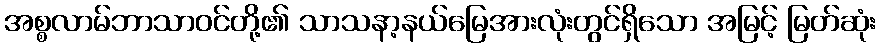
အစ္စလာမ်ဘာသာဝင်တို့၏ သာသနာ့နယ်မြေအားလုံးတွင်ရှိသော အမြင့် မြတ်ဆုံး